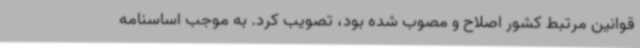
قوانین مرتبط کشور اصلاح و مصوب شده بود، تصویب کرد. به موجب اساسنامه